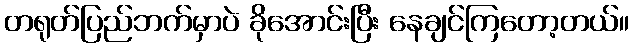
တရုတ်ပြည်ဘက်မှာပဲ ခိုအောင်းပြီး နေချင်ကြတော့တယ်။